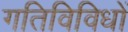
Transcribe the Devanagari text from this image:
गतिविविधों